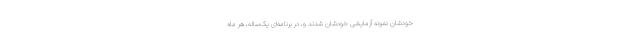
خودشان نمونهٔ آزمایشی خودشان شدند و، در برنامه‌ای یک‌ساله، هر ماه